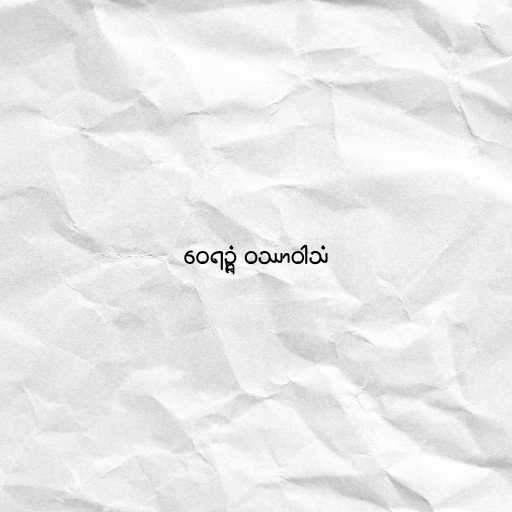
ဝေရဉ္ဇံ ဝဿာဝါသံ